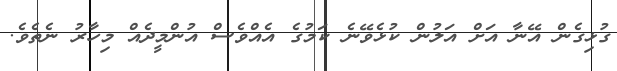
ގުޅިގެން އޭނާ އަށް އަލުން ކުޅެވޭނެ ކަމުގެ އެއްވެސް އުންމީދެއް މިހާރު ނެތެވެ.